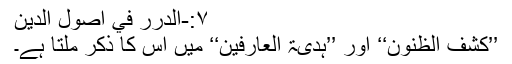
۷:-الدرر في أصول الدین
’’کشف الظنون‘‘ اور ’’ہدیۃ العارفین‘‘ میں اس کا ذکر ملتا ہے۔